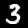
Label: 3